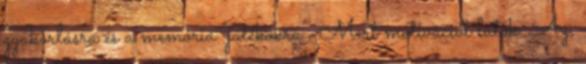
gyakorlásra és a memória "játékokra". Mert motivációt látok. Az,